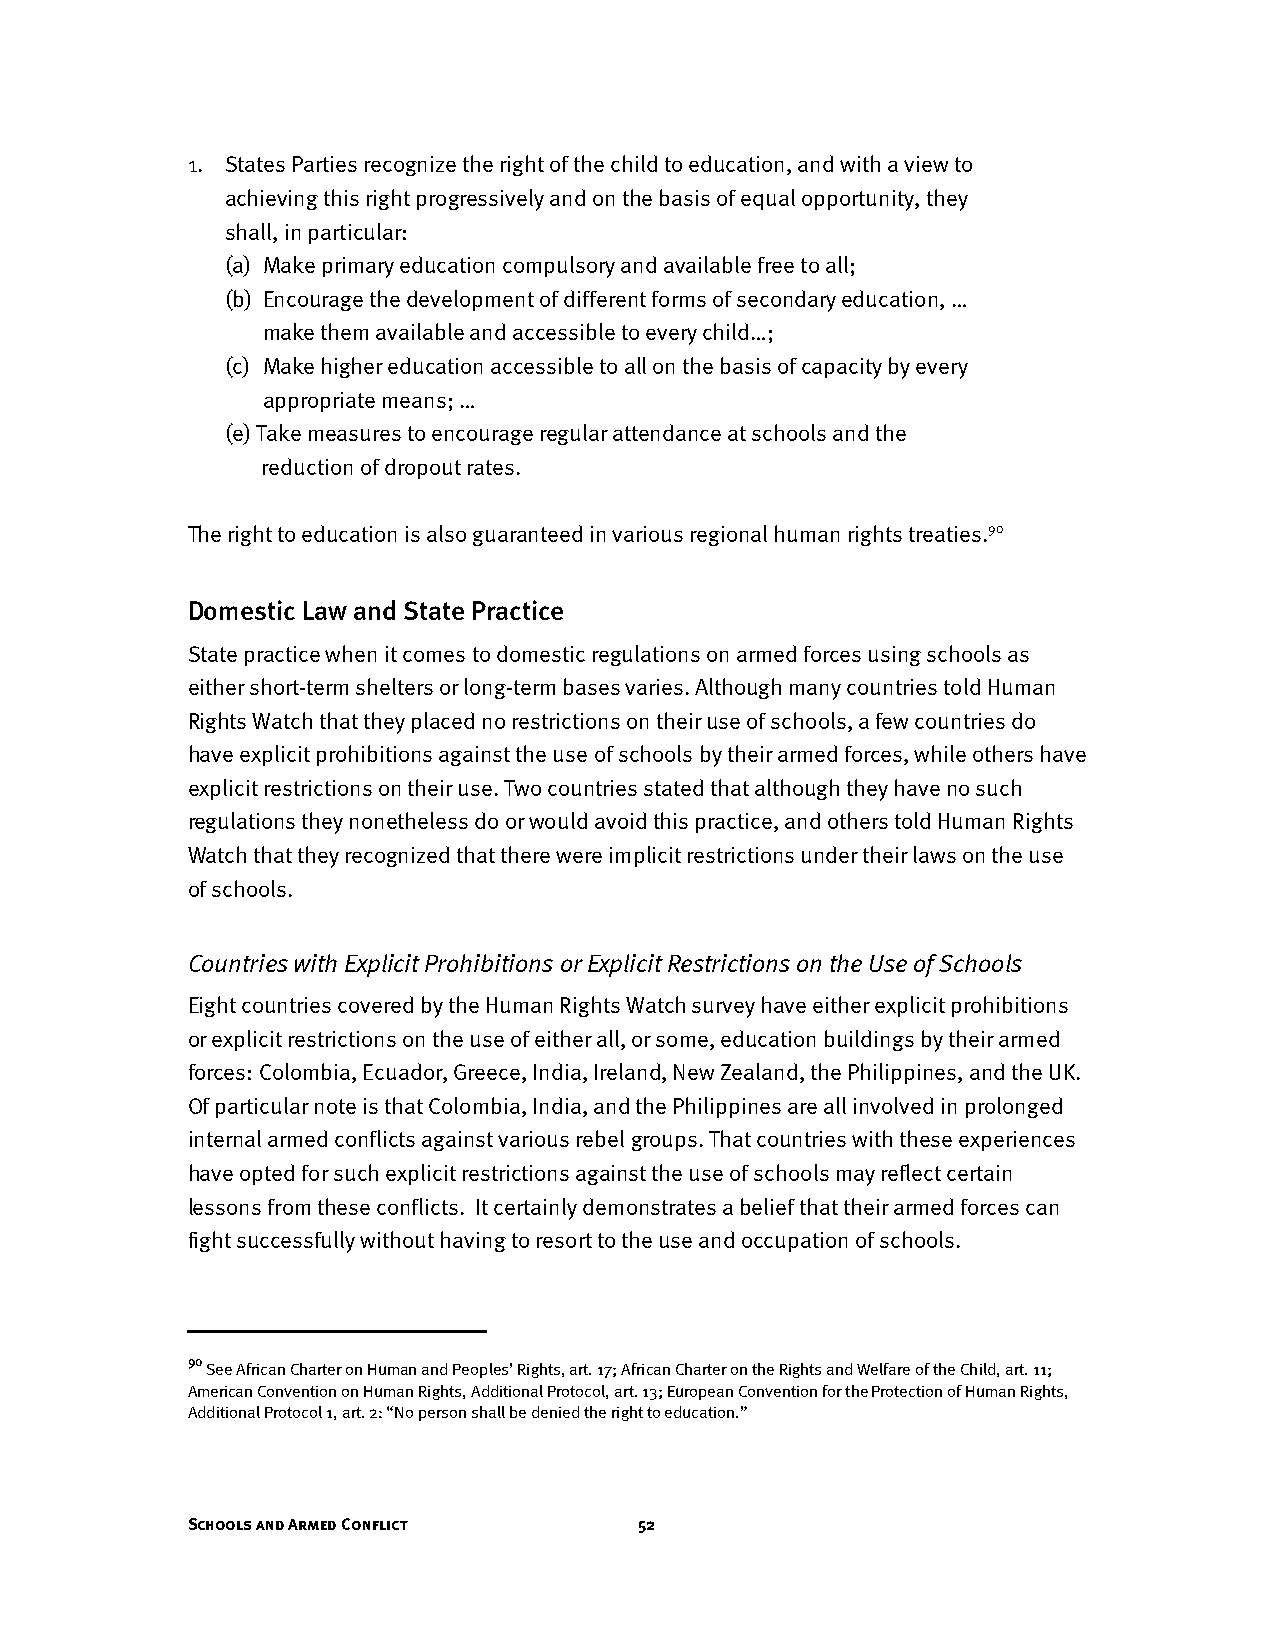
1. States Parties recognize the right of the child to education, and with a view to
 achieving this right progressively and on the basis of equal opportunity, they
 shall, in particular:
 (a) Make primary education compulsory and available free to all;
 (b) Encourage the development of different forms of secondary education, …
 make them available and accessible to every child…;
 (c) Make higher education accessible to all on the basis of capacity by every
 appropriate means; …
 (e) Take measures to encourage regular attendance at schools and the
 reduction of dropout rates.
 The right to education is also guaranteed in various regional human rights treaties.90
 Domestic Law and State Practice
 State practice when it comes to domestic regulations on armed forces using schools as
 either short-term shelters or long-term bases varies. Although many countries told Human
 Rights Watch that they placed no restrictions on their use of schools, a few countries do
 have explicit prohibitions against the use of schools by their armed forces, while others have
 explicit restrictions on their use. Two countries stated that although they have no such
 regulations they nonetheless do or would avoid this practice, and others told Human Rights
 Watch that they recognized that there were implicit restrictions under their laws on the use
 of schools.
 Countries with Explicit Prohibitions or Explicit Restrictions on the Use of Schools
 Eight countries covered by the Human Rights Watch survey have either explicit prohibitions
 or explicit restrictions on the use of either all, or some, education buildings by their armed
 forces: Colombia, Ecuador, Greece, India, Ireland, New Zealand, the Philippines, and the UK.
 Of particular note is that Colombia, India, and the Philippines are all involved in prolonged
 internal armed conflicts against various rebel groups. That countries with these experiences
 have opted for such explicit restrictions against the use of schools may reflect certain
 lessons from these conflicts. It certainly demonstrates a belief that their armed forces can
 fight successfully without having to resort to the use and occupation of schools.
 90
 See African Charter on Human and Peoples’ Rights, art. 17; African Charter on the Rights and Welfare of the Child, art. 11;
 American Convention on Human Rights, Additional Protocol, art. 13; European Convention for the Protection of Human Rights,
 Additional Protocol 1, art. 2: “No person shall be denied the right to education.”
 Schools and Armed Conflict    52